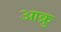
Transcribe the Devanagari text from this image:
आक्रु